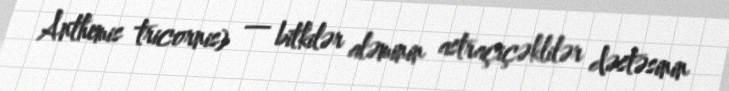
Anthemis tricornis) — bitkilər aləminin astraçiçəklilər dəstəsinin